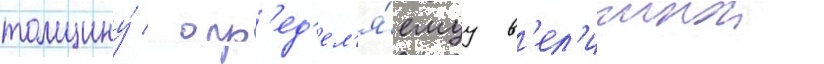
толщину́ / опр'ед'ел'я́емуу в'ел'ичинои